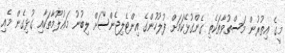
މީގެ އިތުރުން މަސްތުވާތަކެތި ގެންގުޅޭކަމަށް ފުލުހުންގެ އިންޓެލިޖެންސަށް ލިބުނު މަޢުލޫމާތަކާއި ގުޅިގެން މެއި